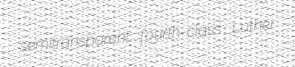
semitransparent fourth-class Luther